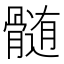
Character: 髄